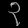
Digit: ၃